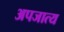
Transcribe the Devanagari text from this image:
अपजात्य